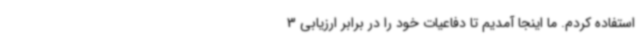
استفاده کردم. ما اینجا آمدیم تا دفاعیات خود را در برابر ارزیابی 3